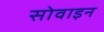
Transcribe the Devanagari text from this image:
सोवाइन